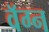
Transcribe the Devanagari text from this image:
वॅग्न